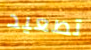
تصعيد